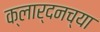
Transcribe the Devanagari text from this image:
क्लार्दनच्या